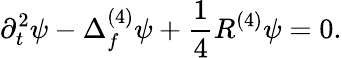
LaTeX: \partial_{t}^{2}\psi-\Delta_{f}^{(4)}\psi+\frac{1}{4}R^{(4)}\psi=0.